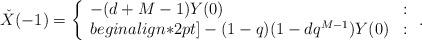
LaTeX: \begin{align*} \check{X}(-1)=\left\{ \begin{array}{ll} -(d+M-1)Y(0)&:\\begin{align*}2pt] -(1-q)(1-dq^{M-1})Y(0)&: \end{array}\right..\end{align*}